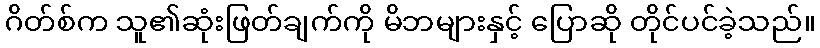
ဂိတ်စ်က သူ၏ဆုံးဖြတ်ချက်ကို မိဘများနှင့် ပြောဆို တိုင်ပင်ခဲ့သည်။